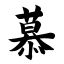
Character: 慕